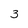
Character: 3